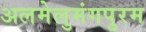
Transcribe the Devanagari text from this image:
अलमेलुमंगपुरम